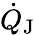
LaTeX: \dot{Q}_{\textrm{J}}